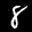
Label: 8